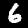
Digit: 6